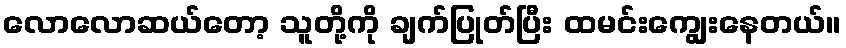
လောလောဆယ်တော့ သူတို့ကို ချက်ပြုတ်ပြီး ထမင်းကျွေးနေတယ်။